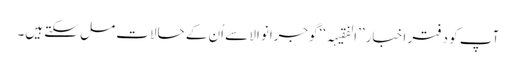
آپ کو دفتر اخبار ’’الفقیہہ‘‘گوجرانوالا سے اُن کے حالات مل سکتے ہیں۔